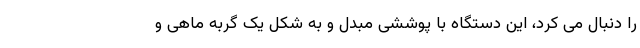
را دنبال می کرد، این دستگاه با پوششی مبدل و به شکل یک گربه ماهی و